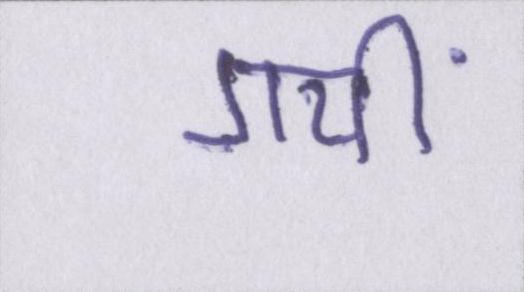
गयीं